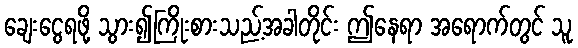
ချေးငွေရဖို့ သွား၍ကြိုးစားသည့်အခါတိုင်း ဤနေရာ အရောက်တွင် သူ